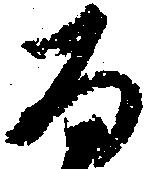
百